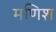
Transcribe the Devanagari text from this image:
मणिश